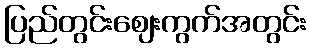
ပြည်တွင်းဈေးကွက်အတွင်း